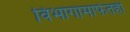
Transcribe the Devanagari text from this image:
विभागामार्फतही